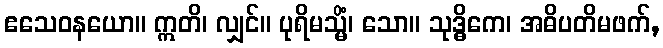
ဧသေဝနယော။ ဣတိ၊ လျှင်။ ပုရိမသ္မိံ၊ သော။ သုဒ္ဓိကေ၊ အဓိပတိမဖက်,